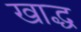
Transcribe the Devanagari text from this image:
खाद्ध